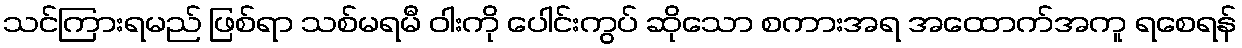
သင်ကြားရမည် ဖြစ်ရာ သစ်မရမီ ဝါးကို ပေါင်းကွပ် ဆိုသော စကားအရ အထောက်အကူ ရစေရန်